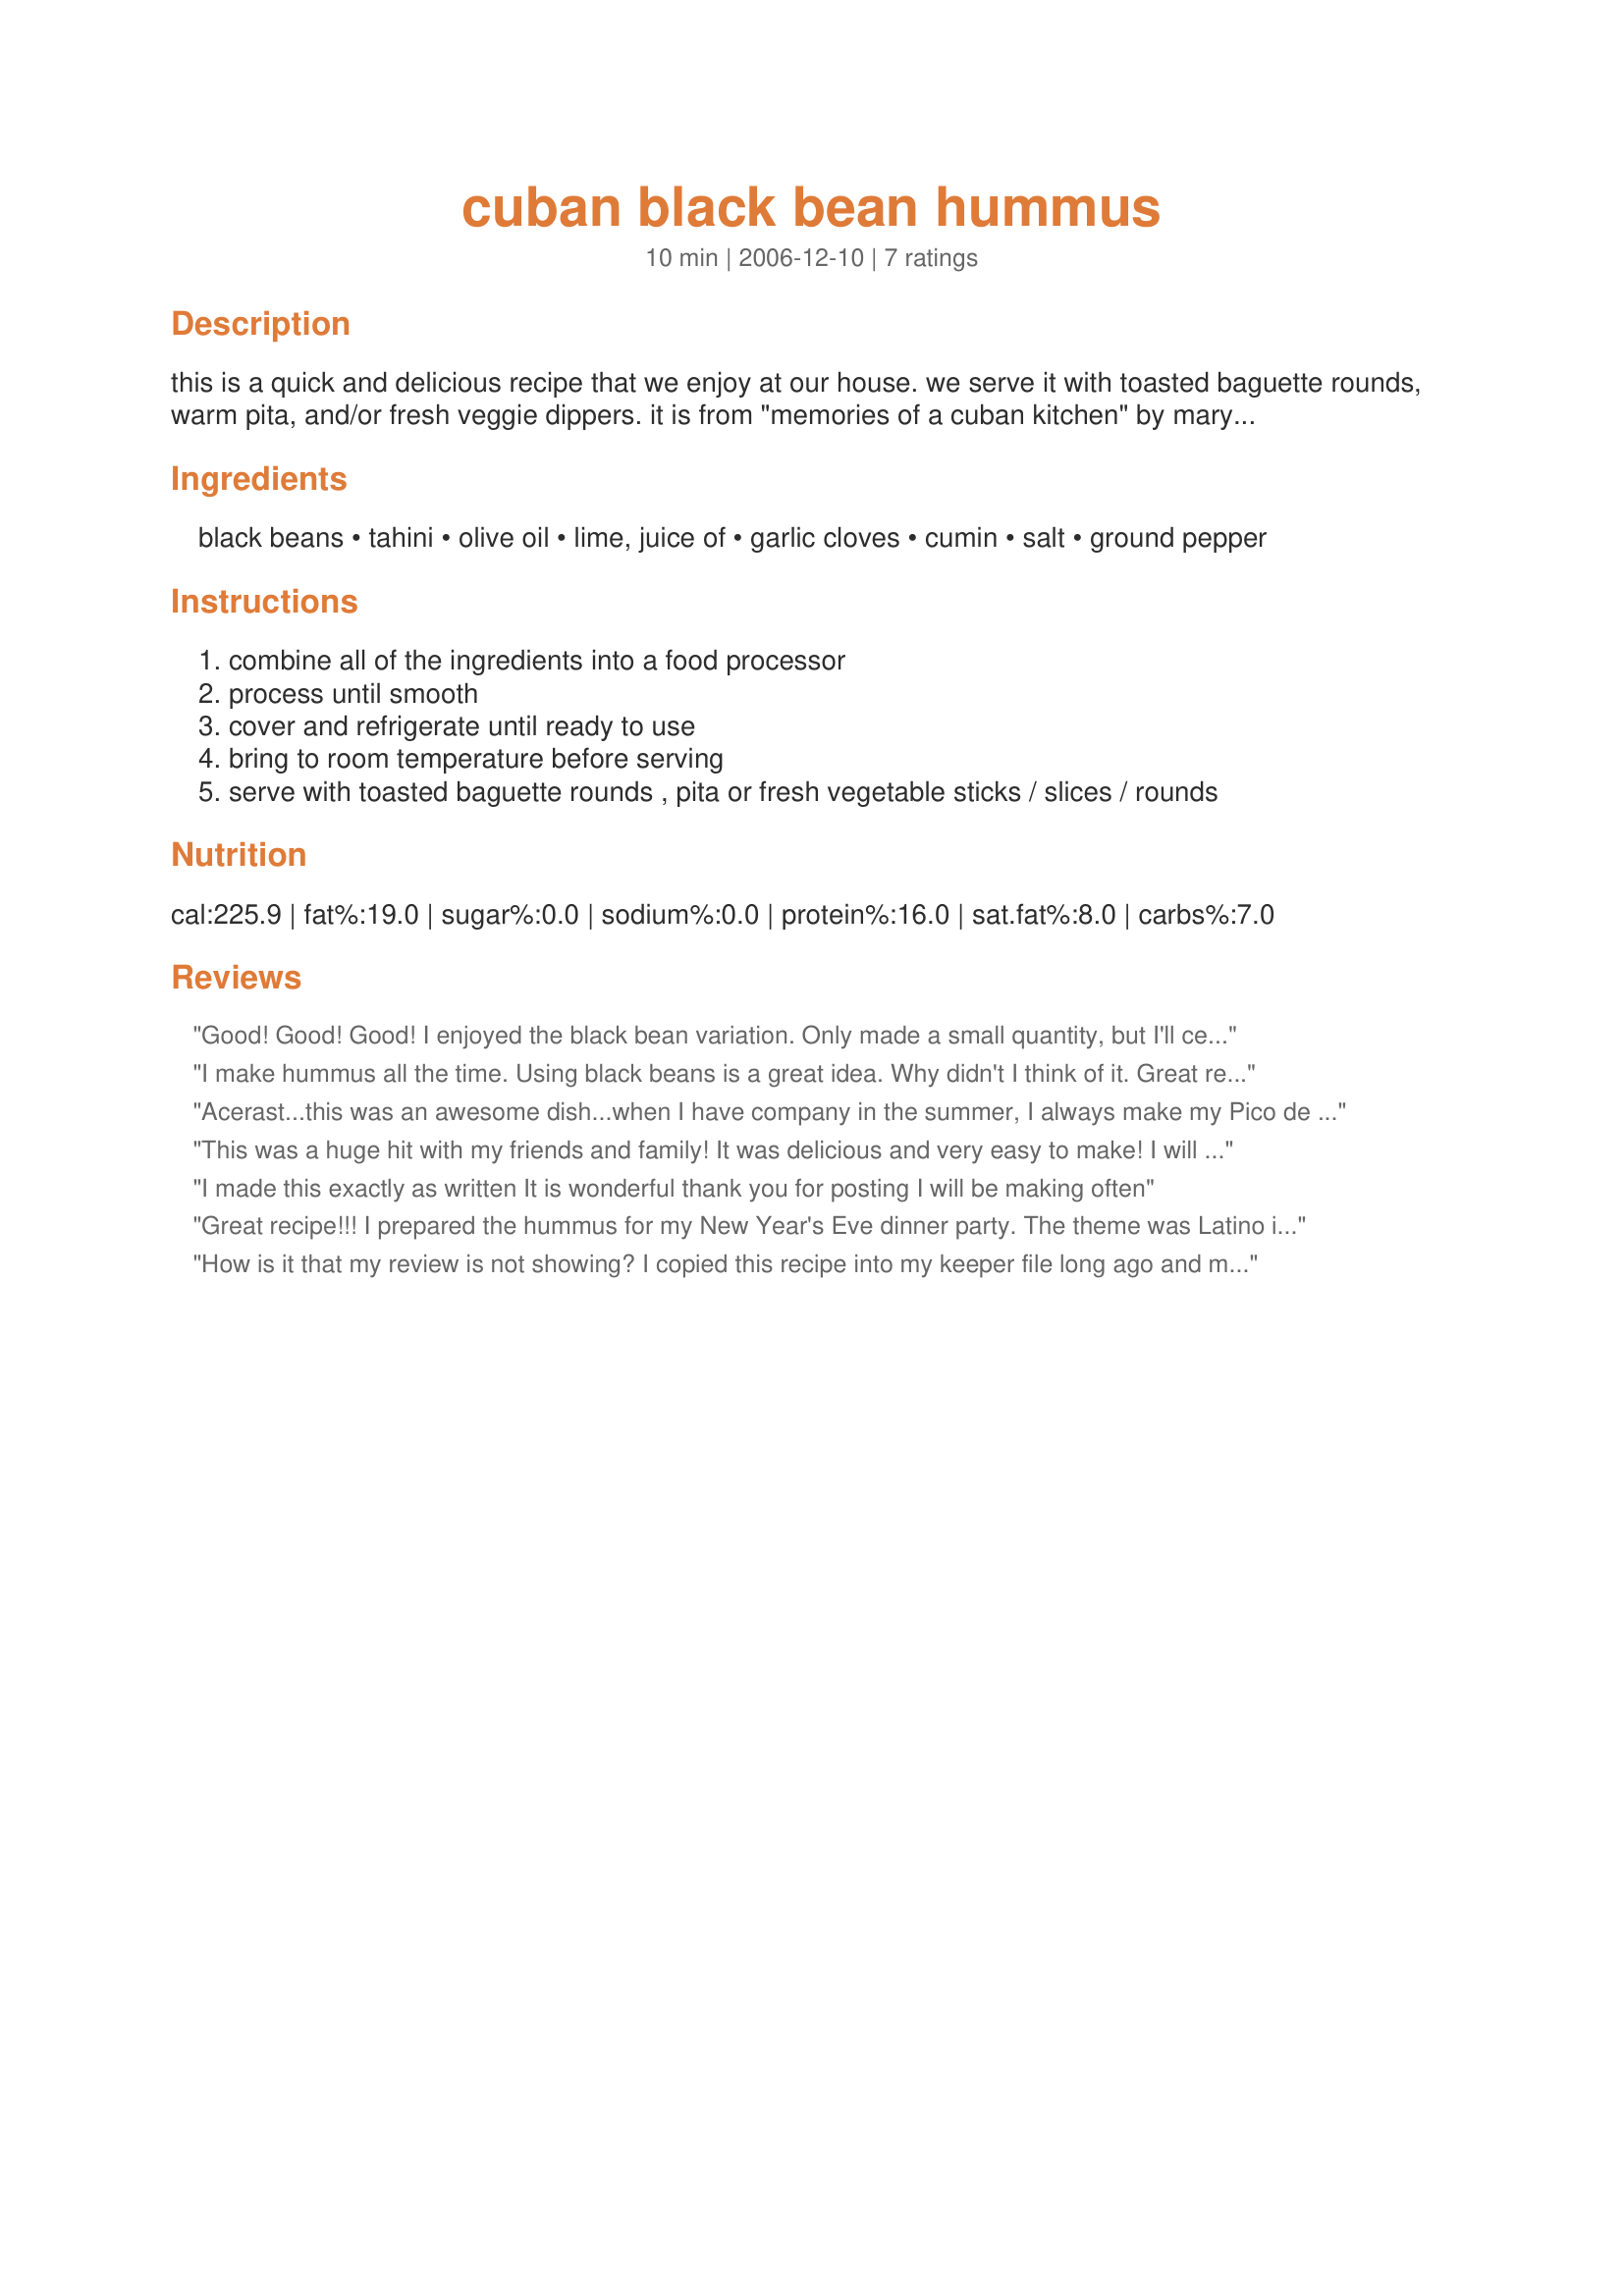
cuban black bean hummus
Preparation time: 10 minutes

this is a quick and delicious recipe that we enjoy at our house. we serve it with toasted baguette rounds, warm pita, and/or fresh veggie dippers. it is from "memories of a cuban kitchen" by mary urrutia randelman. delicioso!

Ingredients:
black beans, tahini, olive oil, lime, juice of, garlic cloves, cumin, salt, ground pepper

Steps:
combine all of the ingredients into a food processor
process until smooth
cover and refrigerate until ready to use
bring to room temperature before serving
serve with toasted baguette rounds , pita or fresh vegetable sticks / slices / rounds

Reviews:
Good! Good! Good! I enjoyed the black bean variation. Only made a small quantity, but I'll certainly be making this again!
I make hummus all the time. Using black beans is a great idea. Why didn't I think of it. Great recipe.
I added some cilantro and sourcream and chili powder and cayenne pepper and also garnished it with those. Made for zwt5.
Acerast...this was an awesome dish...when I have company in the summer, I always make my Pico de Gallo and guacamole. I will be adding this to the mix, topped with a bit of sour cream (which is certainly optional). I did double the garlic, only because I like garlic, and I added maybe a 1/4 cup of cilantro. I ate the left overs in a more mediteranean style with Naan and tomatoes...awesome!
This was a huge hit with my friends and family! It was delicious and very easy to make! I will definitely make this again.
I made this exactly as written It is wonderful thank you for posting I will be making often
Great recipe!!! I prepared the hummus for my New Year's Eve dinner party. The theme was Latino inspired, so of course, I needed a black bean recipe :) I used GOYA canned black beans, drained and rinsed in cold water. To ensure the creamy texture, I used my food processor. I don't suggest omitting the cumin, it adds a nice Latino flavor.
How is it that my review is not showing? I copied this recipe into my keeper file long ago and make it all of the time for parties. It is a quick and easy appetizer, everyone loves it, and it is really delicious. It goes great with tortilla chips. I never change a thing, I make as written. Thanks!
